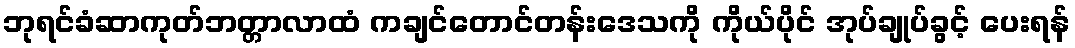
ဘုရင်ခံဆာကုတ်ဘတ္တာလာထံ ကချင်တောင်တန်းဒေသကို ကိုယ်ပိုင် အုပ်ချုပ်ခွင့် ပေးရန်